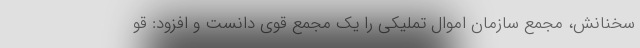
سخنانش، مجمع سازمان اموال تملیکی را یک مجمع قوی دانست و افزود: قو